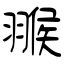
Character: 翭